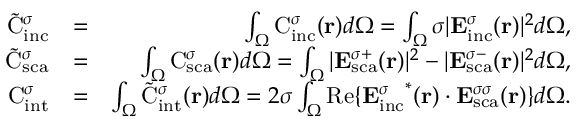
\begin{array} { r l r } { \tilde { \mathrm { { C } } } _ { \mathrm { i n c } } ^ { \sigma } } & { = } & { \int _ { \Omega } \mathrm { { C } } _ { \mathrm { i n c } } ^ { \sigma } ( { \bf r } ) d \Omega = \int _ { \Omega } \sigma | { \bf E } _ { \mathrm { { i n c } } } ^ { \sigma } ( { \bf r } ) | ^ { 2 } d \Omega , } \\ { \tilde { \mathrm { C } } _ { \mathrm { { s c a } } } ^ { \sigma } } & { = } & { \int _ { \Omega } { \mathrm { C } } _ { \mathrm { { s c a } } } ^ { \sigma } ( { \bf r } ) d \Omega = \int _ { \Omega } | { \bf E } _ { \mathrm { s c a } } ^ { \sigma + } ( { \bf r } ) | ^ { 2 } - | { \bf E } _ { \mathrm { { s c a } } } ^ { \sigma - } ( { \bf r } ) | ^ { 2 } d \Omega , } \\ { { \mathrm { C } } _ { \mathrm { { i n t } } } ^ { \sigma } } & { = } & { \int _ { \Omega } \tilde { { \mathrm { C } } } _ { \mathrm { { i n t } } } ^ { \sigma } ( { \bf r } ) d \Omega = 2 \sigma \int _ { \Omega } \mathrm { R e } \{ { { \bf E } _ { \mathrm { i n c } } ^ { \sigma } } ^ { * } ( { \bf r } ) \cdot { { \bf E } _ { \mathrm { { s c a } } } ^ { \sigma \sigma } } ( { \bf r } ) \} d \Omega . } \end{array}